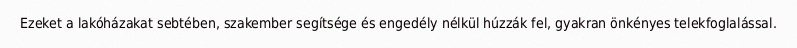
Ezeket a lakóházakat sebtében, szakember segítsége és engedély nélkül húzzák fel, gyakran önkényes telekfoglalással.